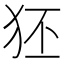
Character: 狉